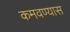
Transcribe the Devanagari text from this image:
कमवण्यास